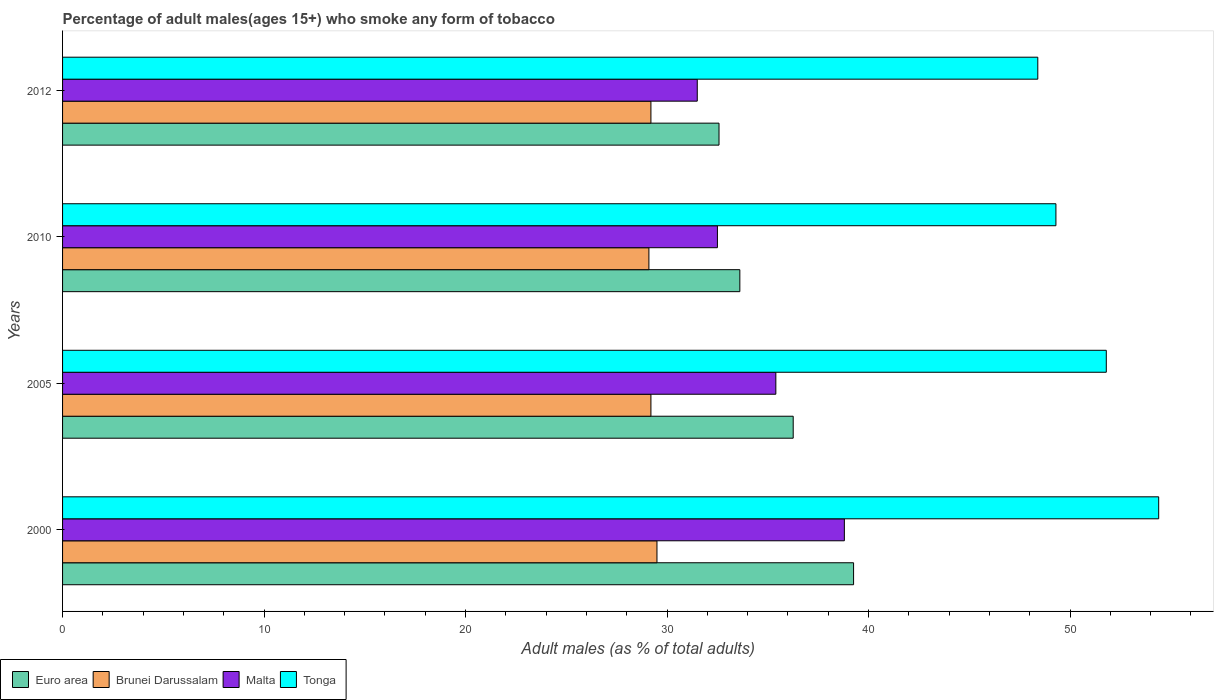
| Years | Euro area | Brunei Darussalam | Malta | Tonga |
 | --- | --- | --- | --- | --- |
 | 2000 | 39.3 | 29.5 | 38.8 | 54.4 |
 | 2005 | 36.3 | 29.2 | 35.4 | 51.8 |
 | 2010 | 33.6 | 29.1 | 32.5 | 49.3 |
 | 2012 | 32.6 | 29.2 | 31.5 | 48.4 |